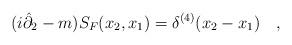
LaTeX: \begin{align*}(i\hat \partial_2 -m) S_F (x_2, x_1) =\delta^{(4)} (x_2 -x_1) \quad,\end{align*}